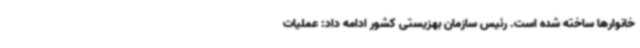
خانوارها ساخته شده است. رئیس سازمان بهزیستی کشور ادامه داد: عملیات